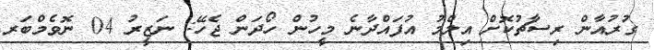
ގުރުއާން ރިސާޗުކޮށް އިލްމު އުފައްދާނެ މީހުން ހޯދަން ޖެހޭ: ނަޒީރު 04 ނޮވެމްބަރ